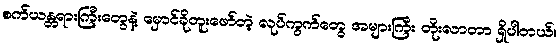
စက်ယန္တရားကြီးတွေနဲ့ မှောင်ခိုတူးဖော်တဲ့ လုပ်ကွက်တွေ အများကြီး တိုးလာတာ ရှိပါတယ်။